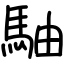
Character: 駎